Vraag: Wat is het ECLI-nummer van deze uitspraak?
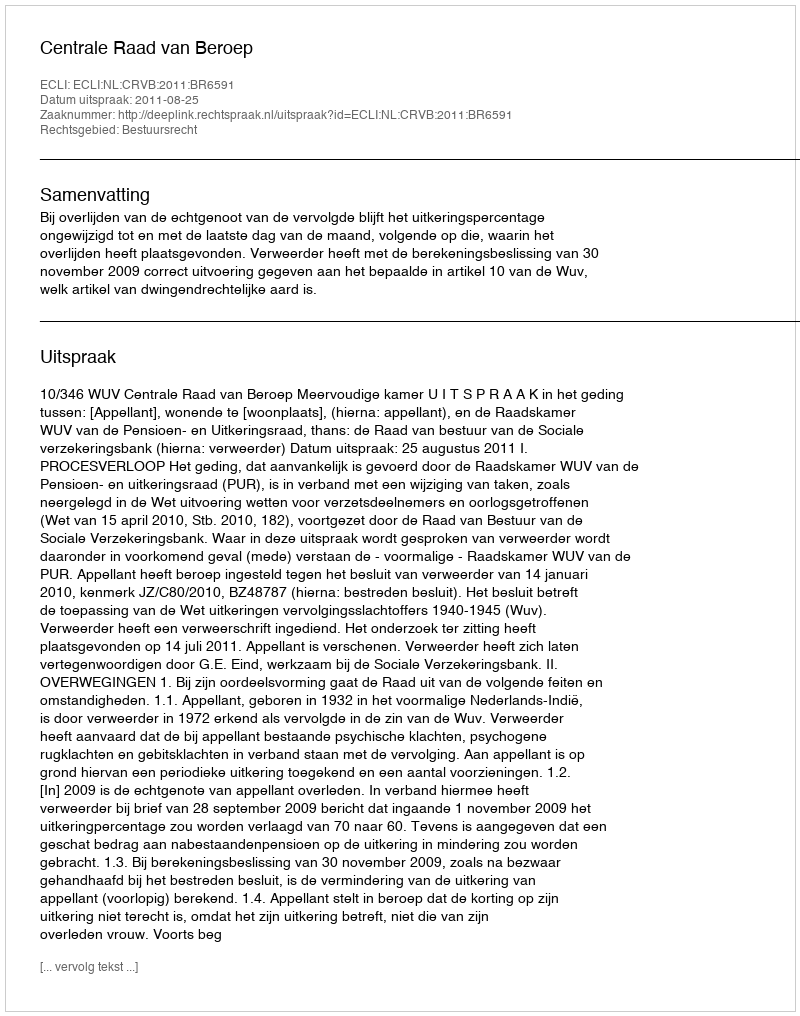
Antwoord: ECLI:NL:CRVB:2011:BR6591